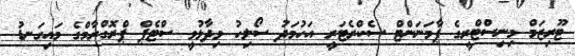
ޓޫރިޒަމް މިނިސްޓްރީގެ ޕާމަނަންޓް ސެކްރެޓަރީ އަހުމަދު ސޯލިހު ވިދާޅުވީ ސްޓެޕް ޕްރޮގްރާމްގެ މައިގަނޑު